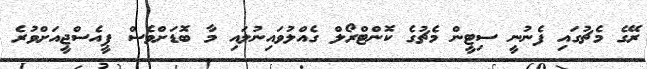
ރޭގެ މެޗުގައި ފެނުނީ ސިޓީން މެޗުގެ ކޮންޓްރޯލް ގެއްލުވައިނުލައި މާ ބޮޑަށްވެސް ޕީއެސްޖީއަށްވުރެ